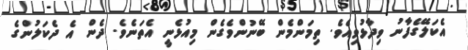
އެކަލޭގެފާނު ވިދާޅުވިއެވެ. ތިމަންމެން ބޭނުންވެގެން މިއުޅެނީ އެތަނެވެ. ދެން އެ ދެކަލުންގެ